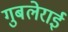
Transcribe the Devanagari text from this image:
गुबलेराई